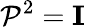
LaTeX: \mathcal{P}^{2}=\mathbf{I}